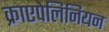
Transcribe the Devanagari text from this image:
क्राएपेलिनियन